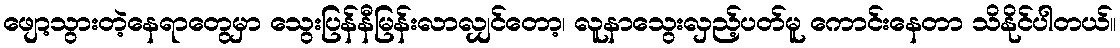
ဖျော့သွားတဲ့နေရာတွေမှာ သွေးပြန်နီမြန်းလာလျှင်တော့၊ လူနာသွေးလှည့်ပတ်မူ ကောင်းနေတာ သိနိုင်ပါတယ်။